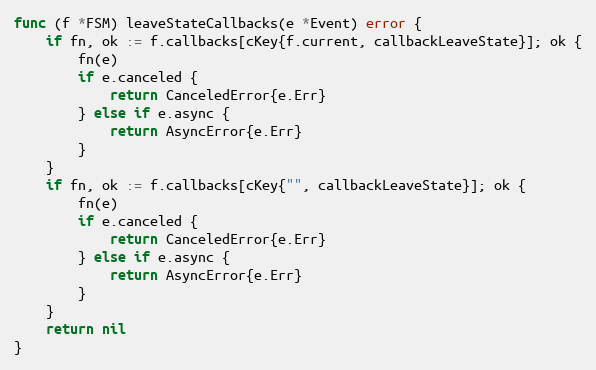
Language: Go
func (f *FSM) leaveStateCallbacks(e *Event) error {
	if fn, ok := f.callbacks[cKey{f.current, callbackLeaveState}]; ok {
		fn(e)
		if e.canceled {
			return CanceledError{e.Err}
		} else if e.async {
			return AsyncError{e.Err}
		}
	}
	if fn, ok := f.callbacks[cKey{"", callbackLeaveState}]; ok {
		fn(e)
		if e.canceled {
			return CanceledError{e.Err}
		} else if e.async {
			return AsyncError{e.Err}
		}
	}
	return nil
}